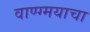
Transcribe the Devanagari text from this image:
वाण्ग्मयाचा